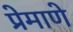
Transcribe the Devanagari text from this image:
प्रेमाणे